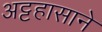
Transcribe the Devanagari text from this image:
अट्टहासाने